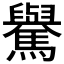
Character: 𩦡